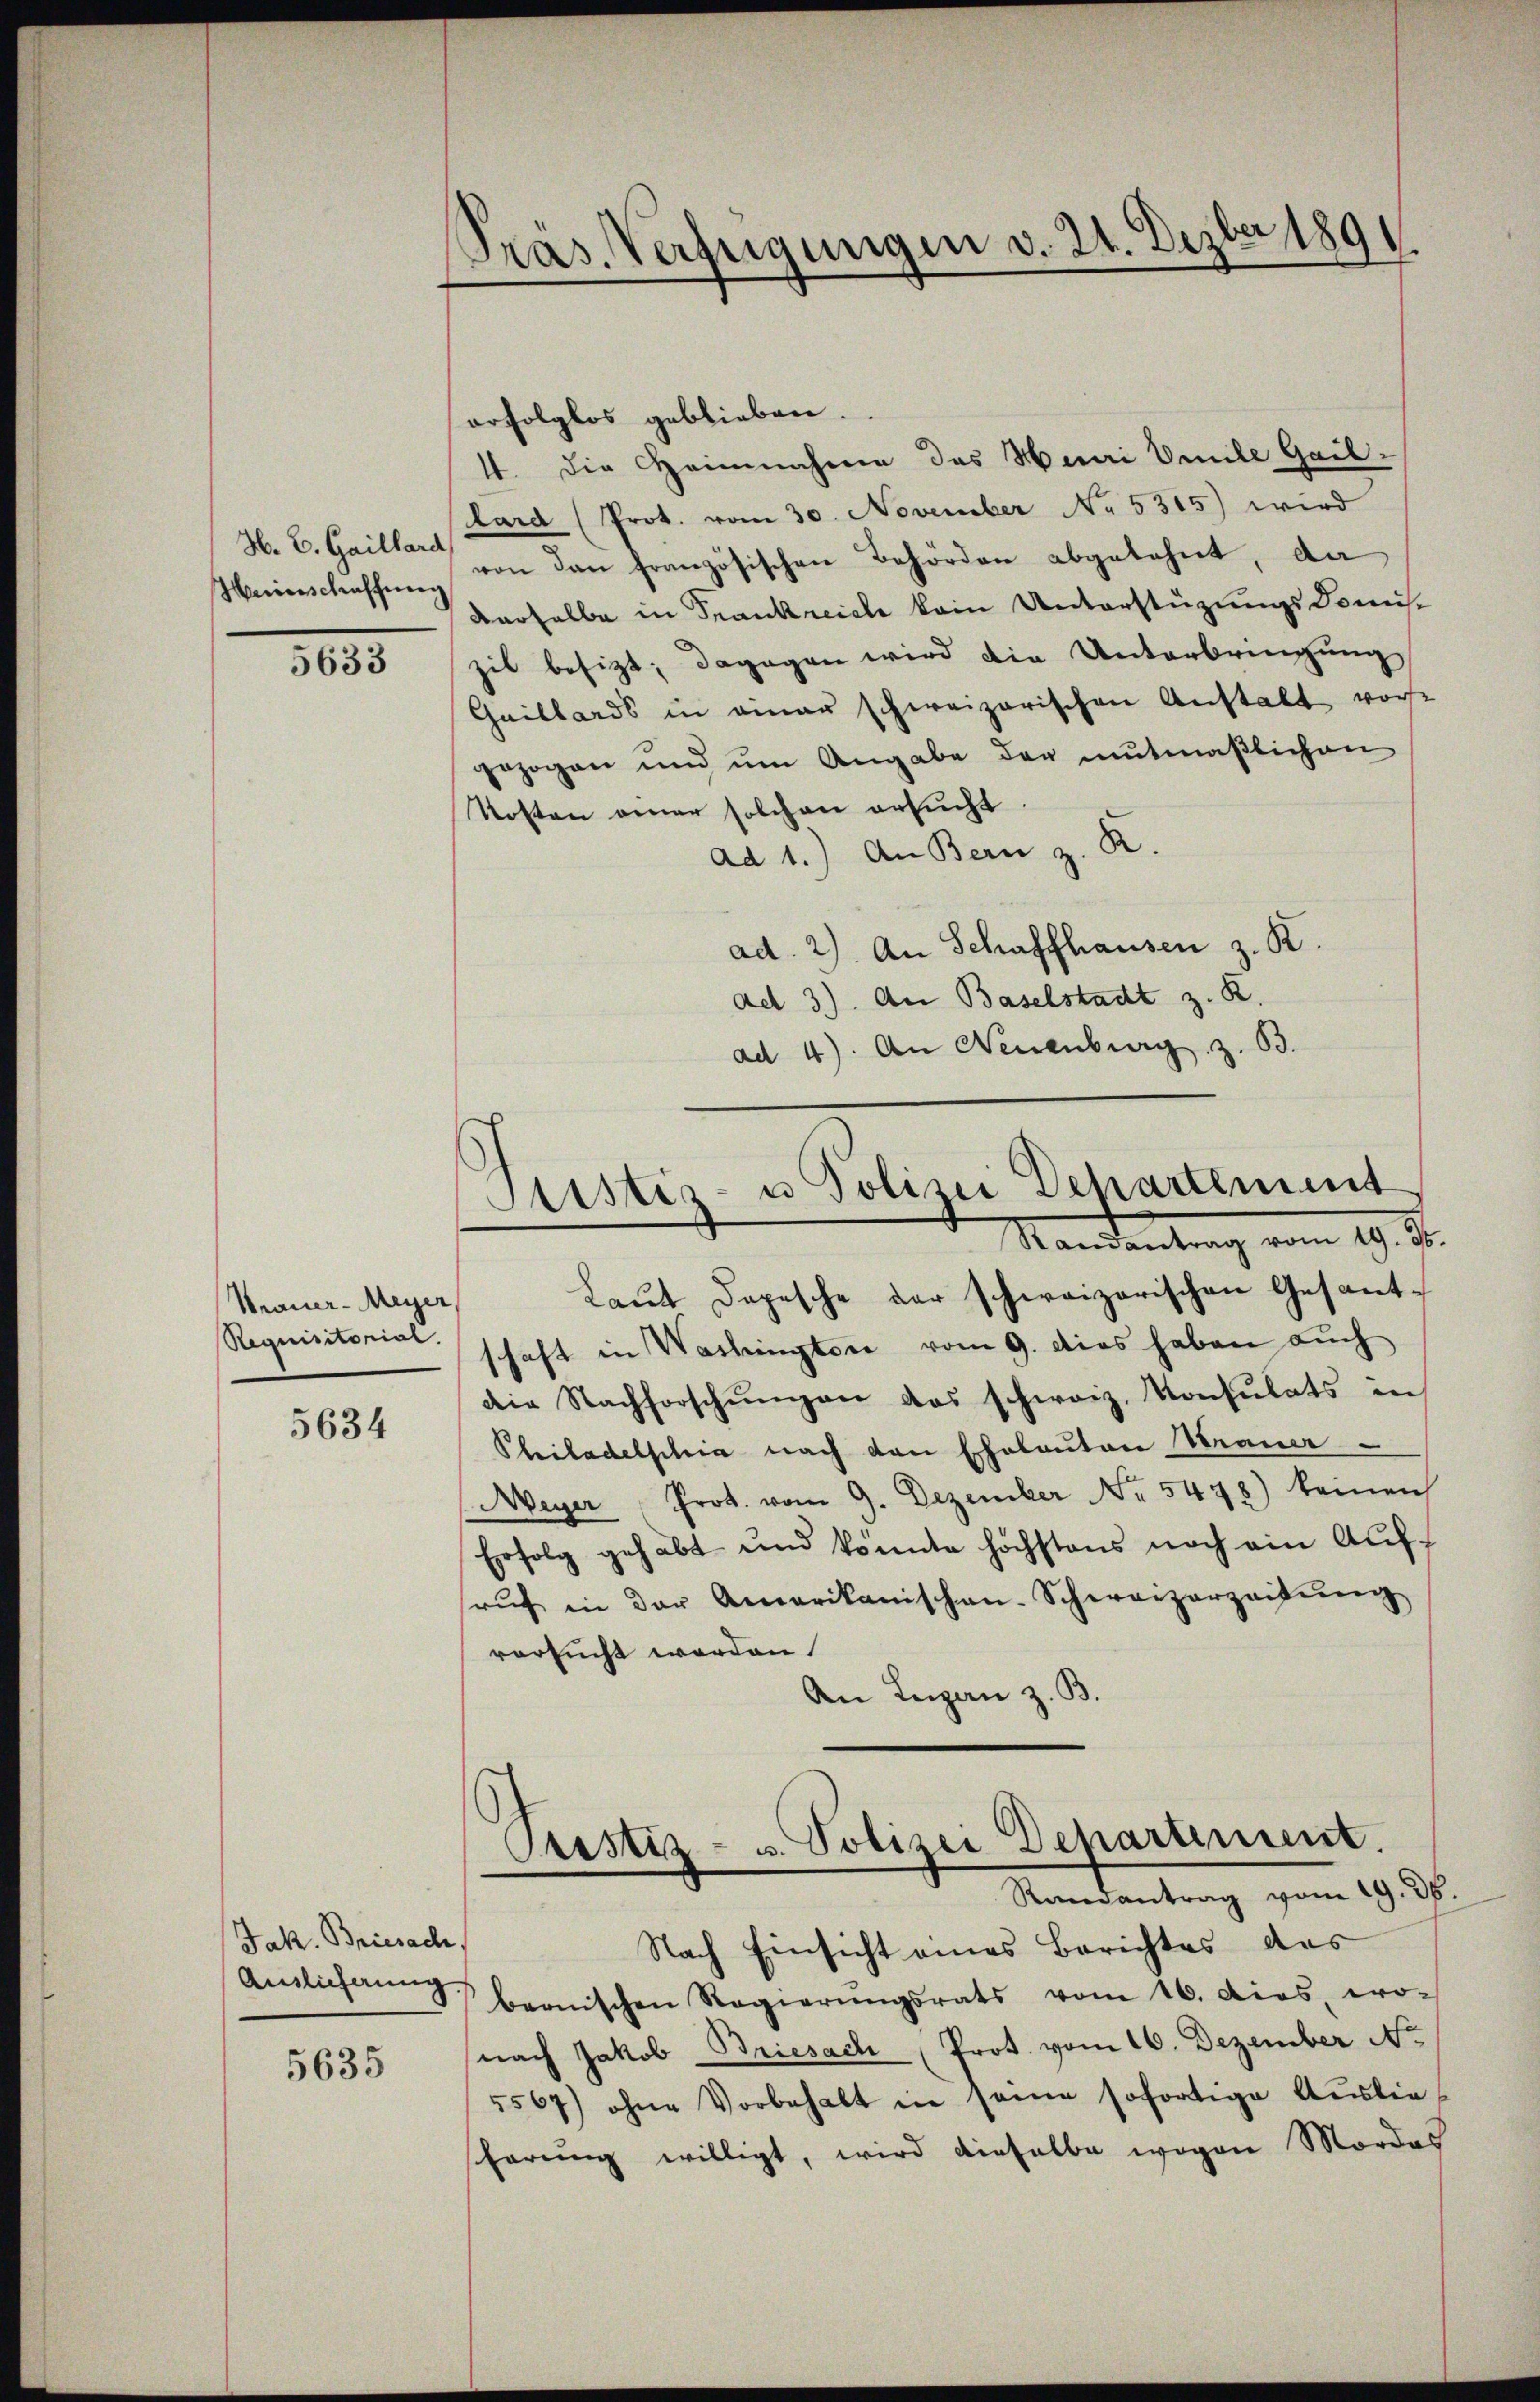
H. E. Gaillard

5633

Mauer-Meyer
Requisitorial.

5634

Jak. Briesache,

5635

Präs. Verfügungen v. 24. Dezbr 1891.

erfolglos geblieben.
4. die Heinnahme des Henri Omile Gail-
lard (Prot. vom 30. November No. 5315) wird
Weinschaffung von den französischen Behörden abgelehnt, da
derselbe in Trankreiche kain Unterstüzungskomiszil besizt; dagegen wird die Unterbringung
Gaillards in einer schweizerischen Anstalt vor
gezogen und um Angabe der mutmaßlichen
Kosten einer solchen ersucht.
ad 1.) An Bern z. R.
ad. 2) An Schaffhausen z. B.
ad 3). An Baselstadt z. R.
ad 4). An Neuenburg z. 63.

Justiz- u Polizei Departement
Mandentrag vom 19. St.

Laut Depesche der schweizerischen Gesant-
schaft in Washingtore vom 9. dies haben auch
die Nachforschŭngen das schweiz. Konsulats in
Philadelschie nach den Eheleuten Strauer
Meyer " Prot. vom 9. Dezember Nr. 5478) keinen
Erfolg gehabt und könnte höchstens noch ein Aufrŭf in der Amerikanischen-Schweizerzeitŭng
versucht worden
An Luzan z. B.
Prostiz- u. Polizei Departement.
Randantrag vom 19. 36.
Nach Einsicht eines Berichtes das
Anslichen bernischen Regierŭngsrats vom 16. dies, wo-
nach Jakob Briesach Prot. vom 16. Dezember No
5567) ohne Vorbehalt in seine sofortige Auslieshörung willigt, wird dieselbe wegen Mordes